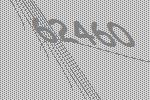
62460